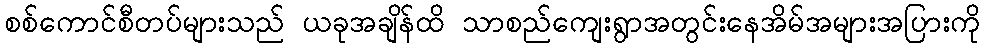
စစ်ကောင်စီတပ်များသည် ယခုအချိန်ထိ သာစည်ကျေးရွာအတွင်းနေအိမ်အများအပြားကို